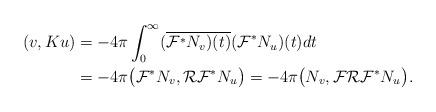
LaTeX: \begin{align*}(v, Ku)& = -4\pi \int_0^\infty (\overline{{\mathcal F}^\ast N_v)(t)} ({\mathcal F}^\ast N_u)(t) dt \\& = -4\pi \big ( {\mathcal F}^\ast N_v , {\mathcal R}{\mathcal F}^\ast N_u \big )= - 4\pi \big ( N_v, {\mathcal F}{\mathcal R}{\mathcal F}^\ast N_u \big ). \end{align*}